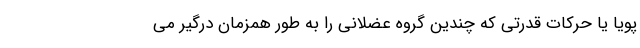
پویا یا حرکات قدرتی که چندین گروه عضلانی را به طور همزمان درگیر می